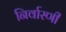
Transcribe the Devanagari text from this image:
निर्वारणी